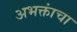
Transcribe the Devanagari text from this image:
अभक्तांचा